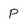
Character: P